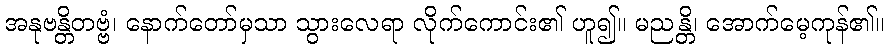
အနုဗန္တိတဗ္ဗံ၊ နောက်တော်မှသာ သွားလေရာ လိုက်ကောင်း၏ ဟူ၍။ မညန္တိ၊ အောက်မေ့ကုန်၏။